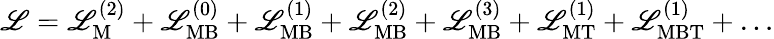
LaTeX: {\cal\mathscr{L}}={\cal\mathscr{L}}_{\mathrm{{M}}}^{(2)}+{\cal\mathscr{L}}_{\mathrm{{MB}}}^{(0)}+{\cal\mathscr{L}}_{\mathrm{{MB}}}^{(1)}+{\cal\mathscr{L}}_{\mathrm{{MB}}}^{(2)}+{\cal\mathscr{L}}_{\mathrm{{MB}}}^{(3)}+{\cal\mathscr{L}}_{\mathrm{{MT}}}^{(1)}+{\cal\mathscr{L}}_{\mathrm{{MBT}}}^{(1)}+\ldots